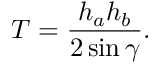
T = { \frac { h _ { a } h _ { b } } { 2 \sin \gamma } } .